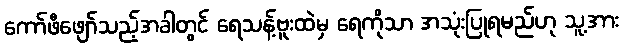
ကော်ဖီဖျော်သည့်အခါတွင် ရေသန့်ဗူးထဲမှ ရေကိုသာ အသုံးပြုရမည်ဟု သူ့အား